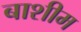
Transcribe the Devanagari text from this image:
बाशीम